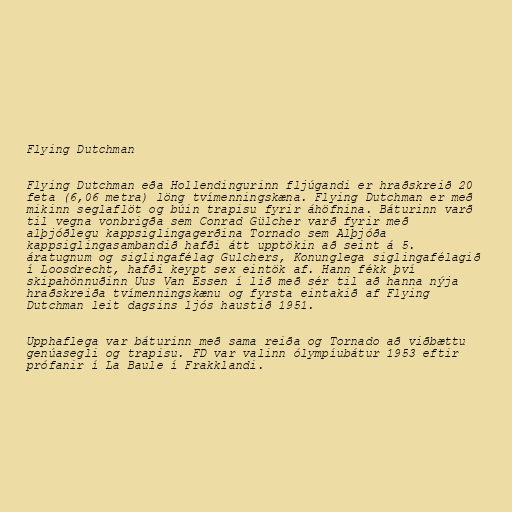
Flying Dutchman

Flying Dutchman eða Hollendingurinn fljúgandi er hraðskreið 20
feta (6,06 metra) löng tvímenningskæna. Flying Dutchman er með
mikinn seglaflöt og búin trapisu fyrir áhöfnina. Báturinn varð
til vegna vonbrigða sem Conrad Gülcher varð fyrir með
alþjóðlegu kappsiglingagerðina Tornado sem Alþjóða
kappsiglingasambandið hafði átt upptökin að seint á 5.
áratugnum og siglingafélag Gulchers, Konunglega siglingafélagið
í Loosdrecht, hafði keypt sex eintök af. Hann fékk því
skipahönnuðinn Uus Van Essen í lið með sér til að hanna nýja
hraðskreiða tvímenningskænu og fyrsta eintakið af Flying
Dutchman leit dagsins ljós haustið 1951.

Upphaflega var báturinn með sama reiða og Tornado að viðbættu
genúasegli og trapisu. FD var valinn ólympíubátur 1953 eftir
prófanir í La Baule í Frakklandi.